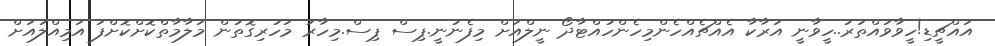
އައްޗީޑި!ހީވާވައްތަރު..ހީވާނީ އަރާކާ އެއްޗެއްހެންމިހެންހުއްޓާދޯ ނީލްއަށް މިފެނުނީ.ޕިސް ޕިސް.މިހާރު މަހުރިގޮތުން މަލާމާތްކޮށްކޮށްފަ އަމިއްލައަށް